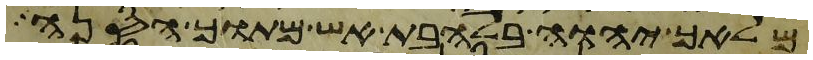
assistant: מלאך יהוה בלהבת אש מתוך הסנה